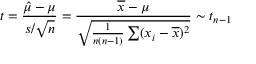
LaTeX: t = { \frac { { \hat { \mu } } - \mu } { s / { \sqrt { n } } } } = { \frac { { \overline { { x } } } - \mu } { \sqrt { { \frac { 1 } { n ( n - 1 ) } } \sum ( x _ { i } - { \overline { { x } } } ) ^ { 2 } } } } \sim t _ { n - 1 }